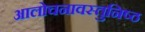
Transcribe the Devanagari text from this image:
आलोचनावस्तुनिष्ठ